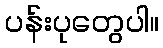
ပန်းပုတွေပါ။